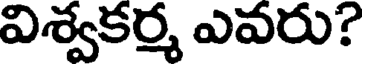
విశ్వకర్మ ఎవరు?